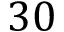
3 0